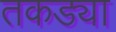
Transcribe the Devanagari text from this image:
तकड्या